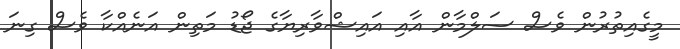
މީގެއިތުރުން ވެސް ސަލްމާން އާއި އައިޝްވާރިޔާގެ ޖޯޑު މަތިން އަނެއްކާ ވެސް ގިނަ